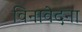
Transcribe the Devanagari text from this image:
विनावेदना